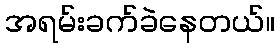
အရမ်းခက်ခဲနေတယ်။